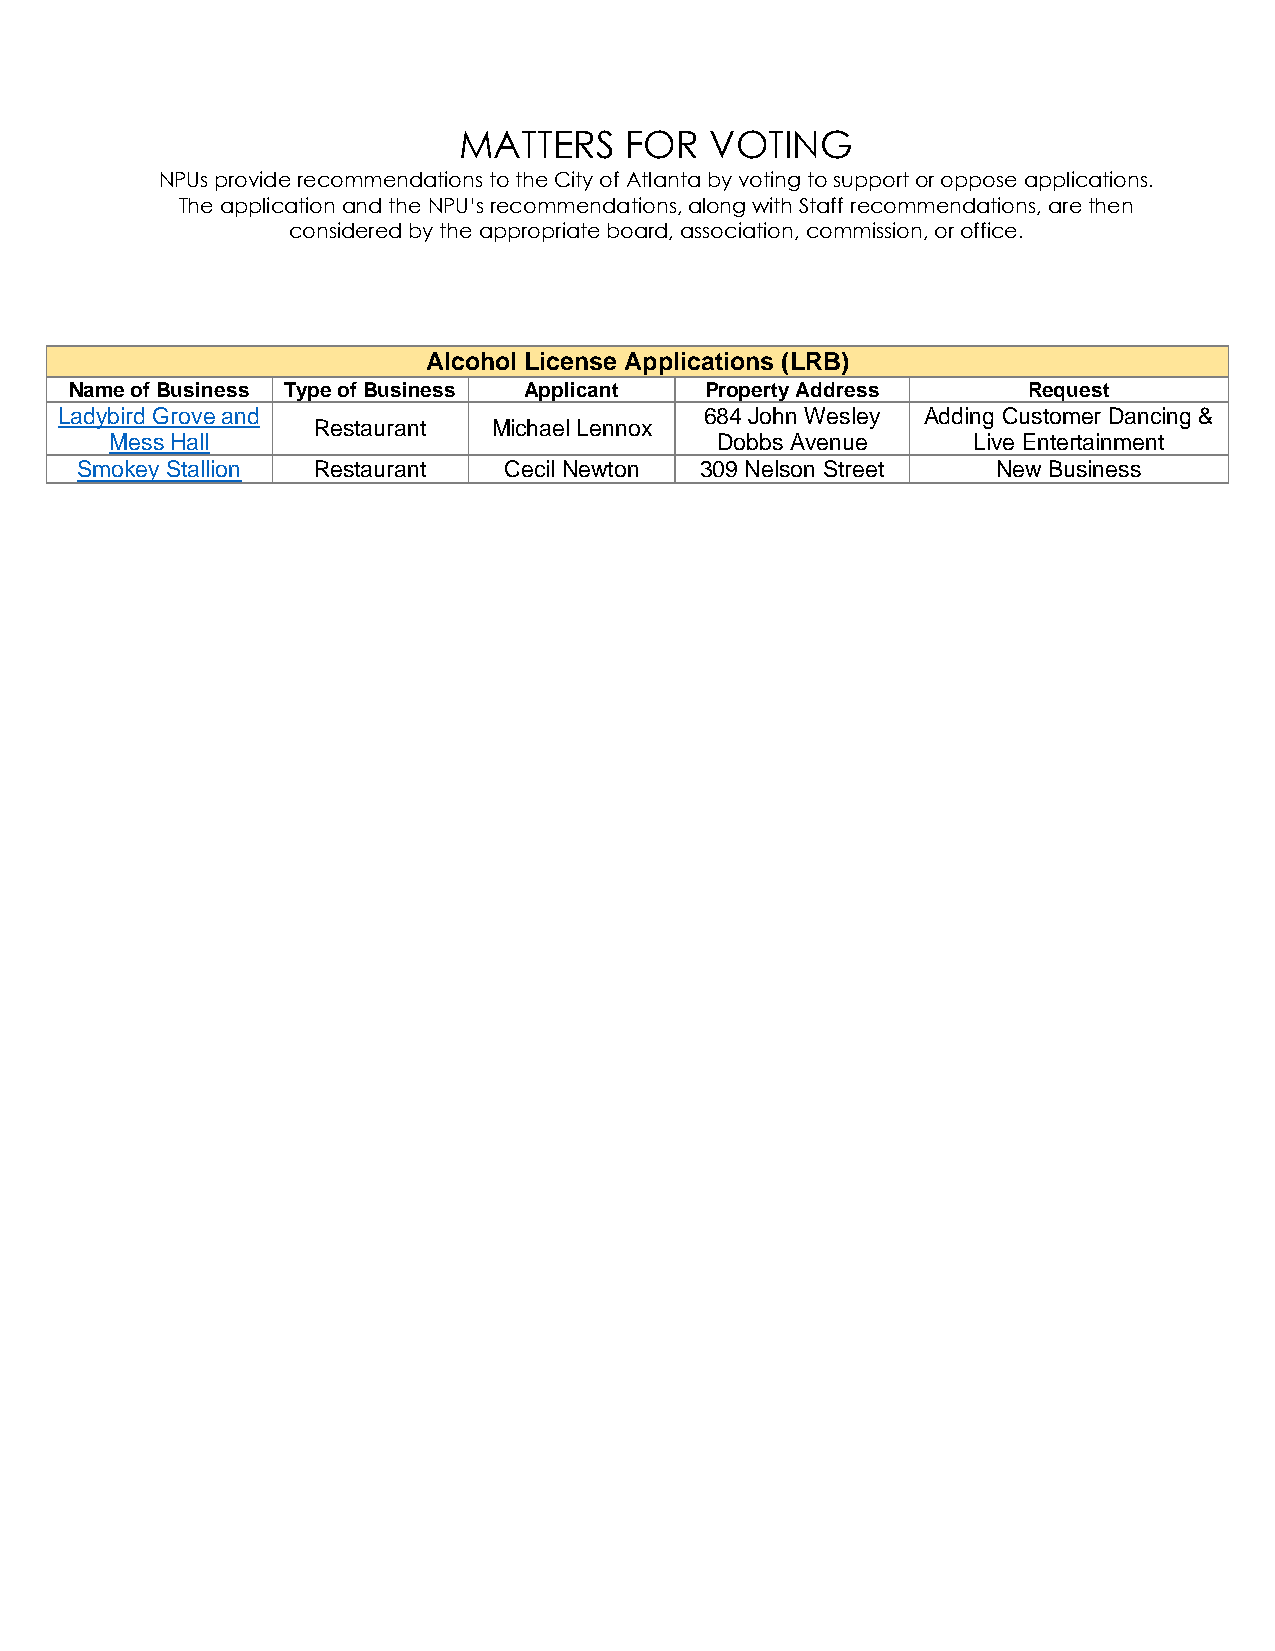
MATTERS    FOR   VOTING
 NPUs provide recommendations to the City of Atlanta by voting to support or oppose applications.
 The application and the NPU’s recommendations, along with Staff recommendations, are then
 considered by the appropriate board, association, commission, or office.
 Alcohol License Applications (LRB)
 Name of Business Type of Business Applicant Property Address   Request
 Ladybird Grove and                         684 John Wesley Adding Customer Dancing &
 Restaurant  Michael Lennox
 Mess Hall                               Dobbs Avenue     Live Entertainment
 Smokey Stallion Restaurant  Cecil Newton 309 Nelson Street   New Business